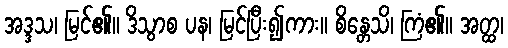
အဒ္ဒသ၊ မြင်၏။ ဒိသွာစ ပန၊ မြင်ပြီး၍ကား။ စိန္တေသိ၊ ကြံ၏။ အတ္ထ၊